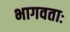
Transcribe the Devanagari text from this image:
भागवताः